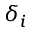
\delta _ { i }